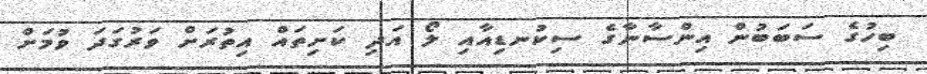
ބިހުގެ ސަބަބުން އިންސާނާގެ ސިކުނޑިއާއި ލޯ އަދި ކަށިތައް އިތުރަށް ވަރުގަދަ ވުމަށް